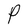
Character: P